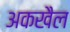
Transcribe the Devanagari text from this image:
अकखैल